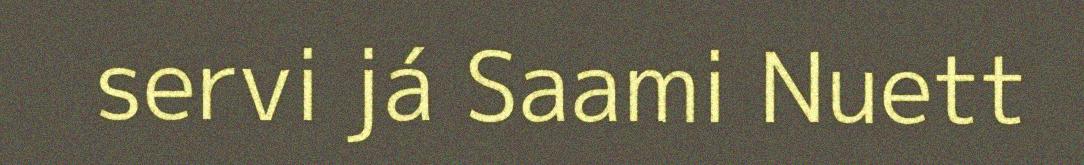
servi já Saami Nuett